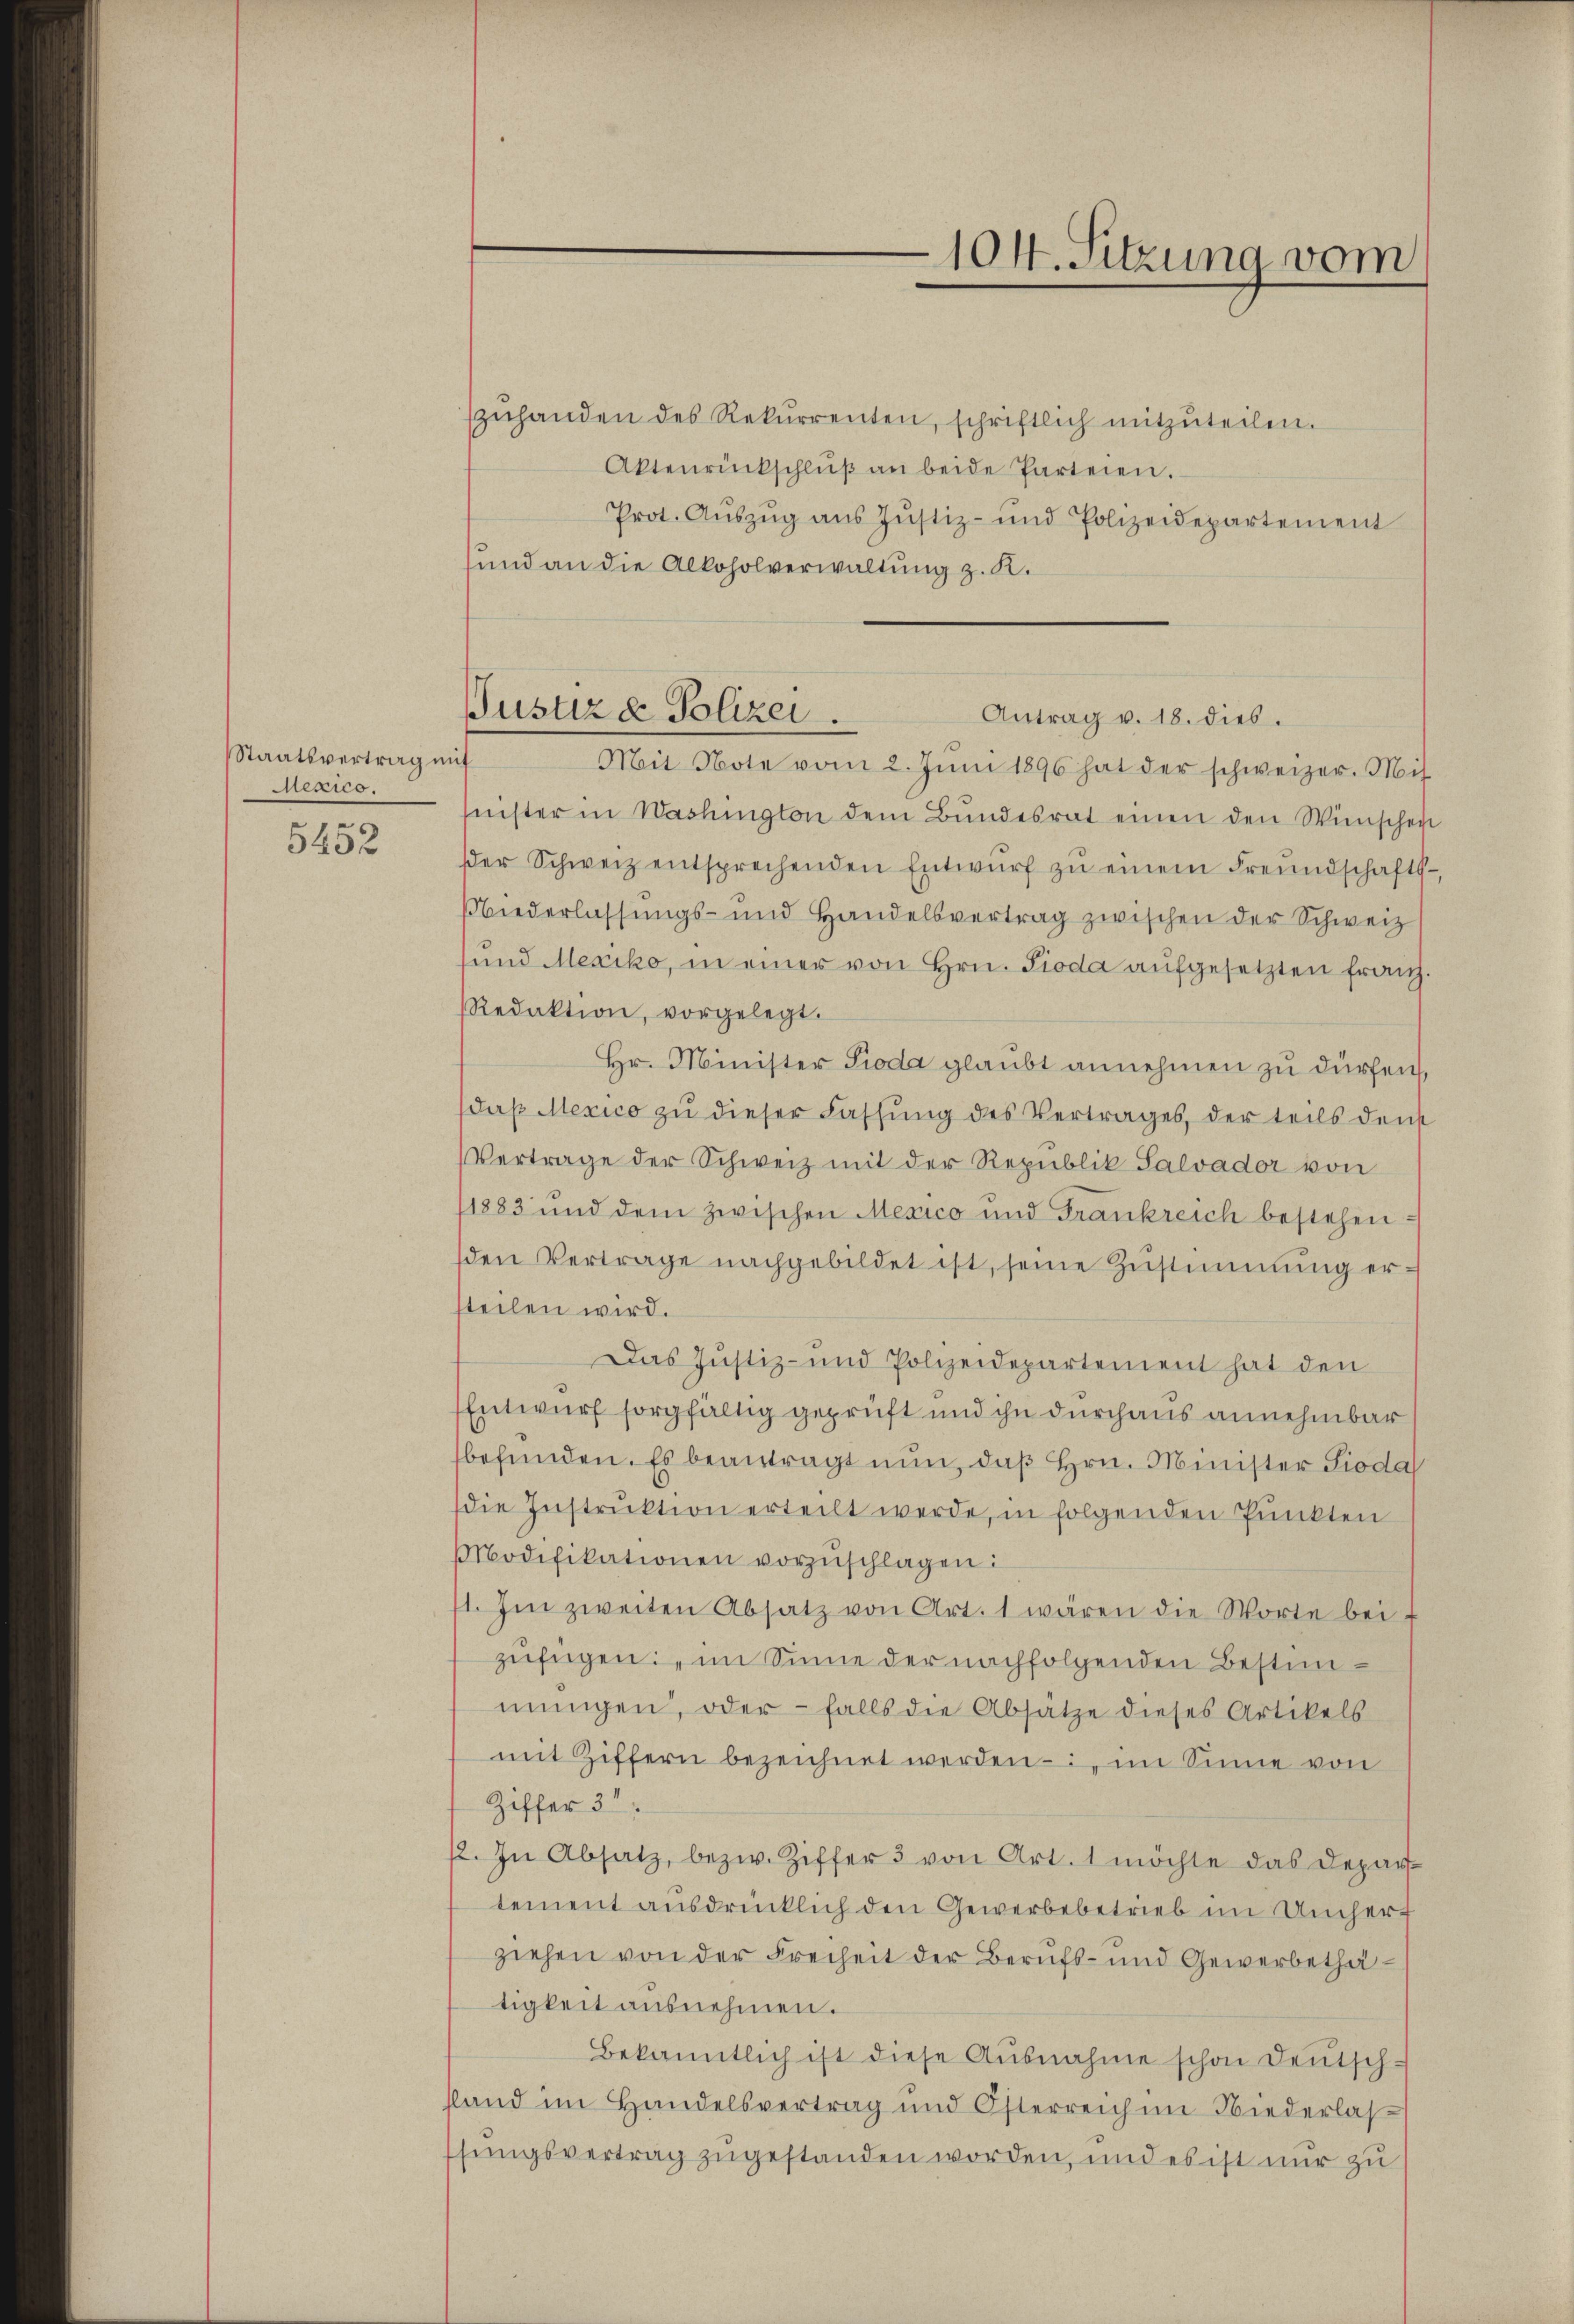
Staatsvertrag mit
Mekies.

5452

zŭhanden des Rekurrenten, schriftlich mitzŭteilen.
Aktenrückschlŭβ an beide Parteien.
Prot. Aŭszŭg ans Justiz- und Polizeidepartement
und an die Alkoholverwaltung z. K.
Mit Note vom 2. Jŭni 1896 hat der schweizer. Mit
seister in Washington dem Bŭndesrat einen den Wünscher
ser Schweiz entsprechenden Entwŭrf zŭ einem Freundschafts
Wiederlassŭngs- und Handelsvertrag zwischen der Schweiz
sund Mexiko, in einer von Hrn. Pioda aufgesetzten Franz
Redaktion, vorgelegt.
Hr. Minister Pioda glaubt annehmen zu dürfen
Daβ Mexico zu dieser Fassung des Vertrages, der teils dens
Vertrage der Schweiz mit der Republik Salvador von
1883 und dem zwischen Mexico und Frankreich bestehen:
sden Vertrage nachgebildet ist, seine Zustimmung ersteilen wird.
Das Justiz- und Polizeidepartement hat den
Entwurf sorgfältig geprüft und ihn durchaus annehmbar
befunden. Es beantragt nun, daß Hrn. Minister Pioda
die Instrŭktion erteilt werde, in folgenden Punkten
Modifikationen vorzuschlagen:
71. Im zweiten Absatz von Art. 1 wären die Worte bei-
zufügen: im Sinne der nachfolgenden Bestimmŭngen, oder falls die Absatze dieses Artikels
mit Ziffern bezeichnet werden – im Sinne von
Ziffer 3t
2. In Absatz, bezw. Ziffer 3 von Art. 1 möchte das Depar-
tement ausdrücklich den Gewerbebetrieb im Umhert
ziehen von der Freiheit der Berufs- und Gewerbethätigkeit ausnehmen.
Bekanntlich ist diese Ausnahme schon Deutsch-
sland im Handelsvertrag und Österreich im Niederlas
sungsvertrag zugestanden worden, und es ist nur zu

104. Sitzung vom

Pustiz & Polizei
Antrag v. 18. dies.